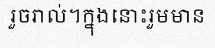
រួចរាល់។ក្នុងនោះរួមមាន